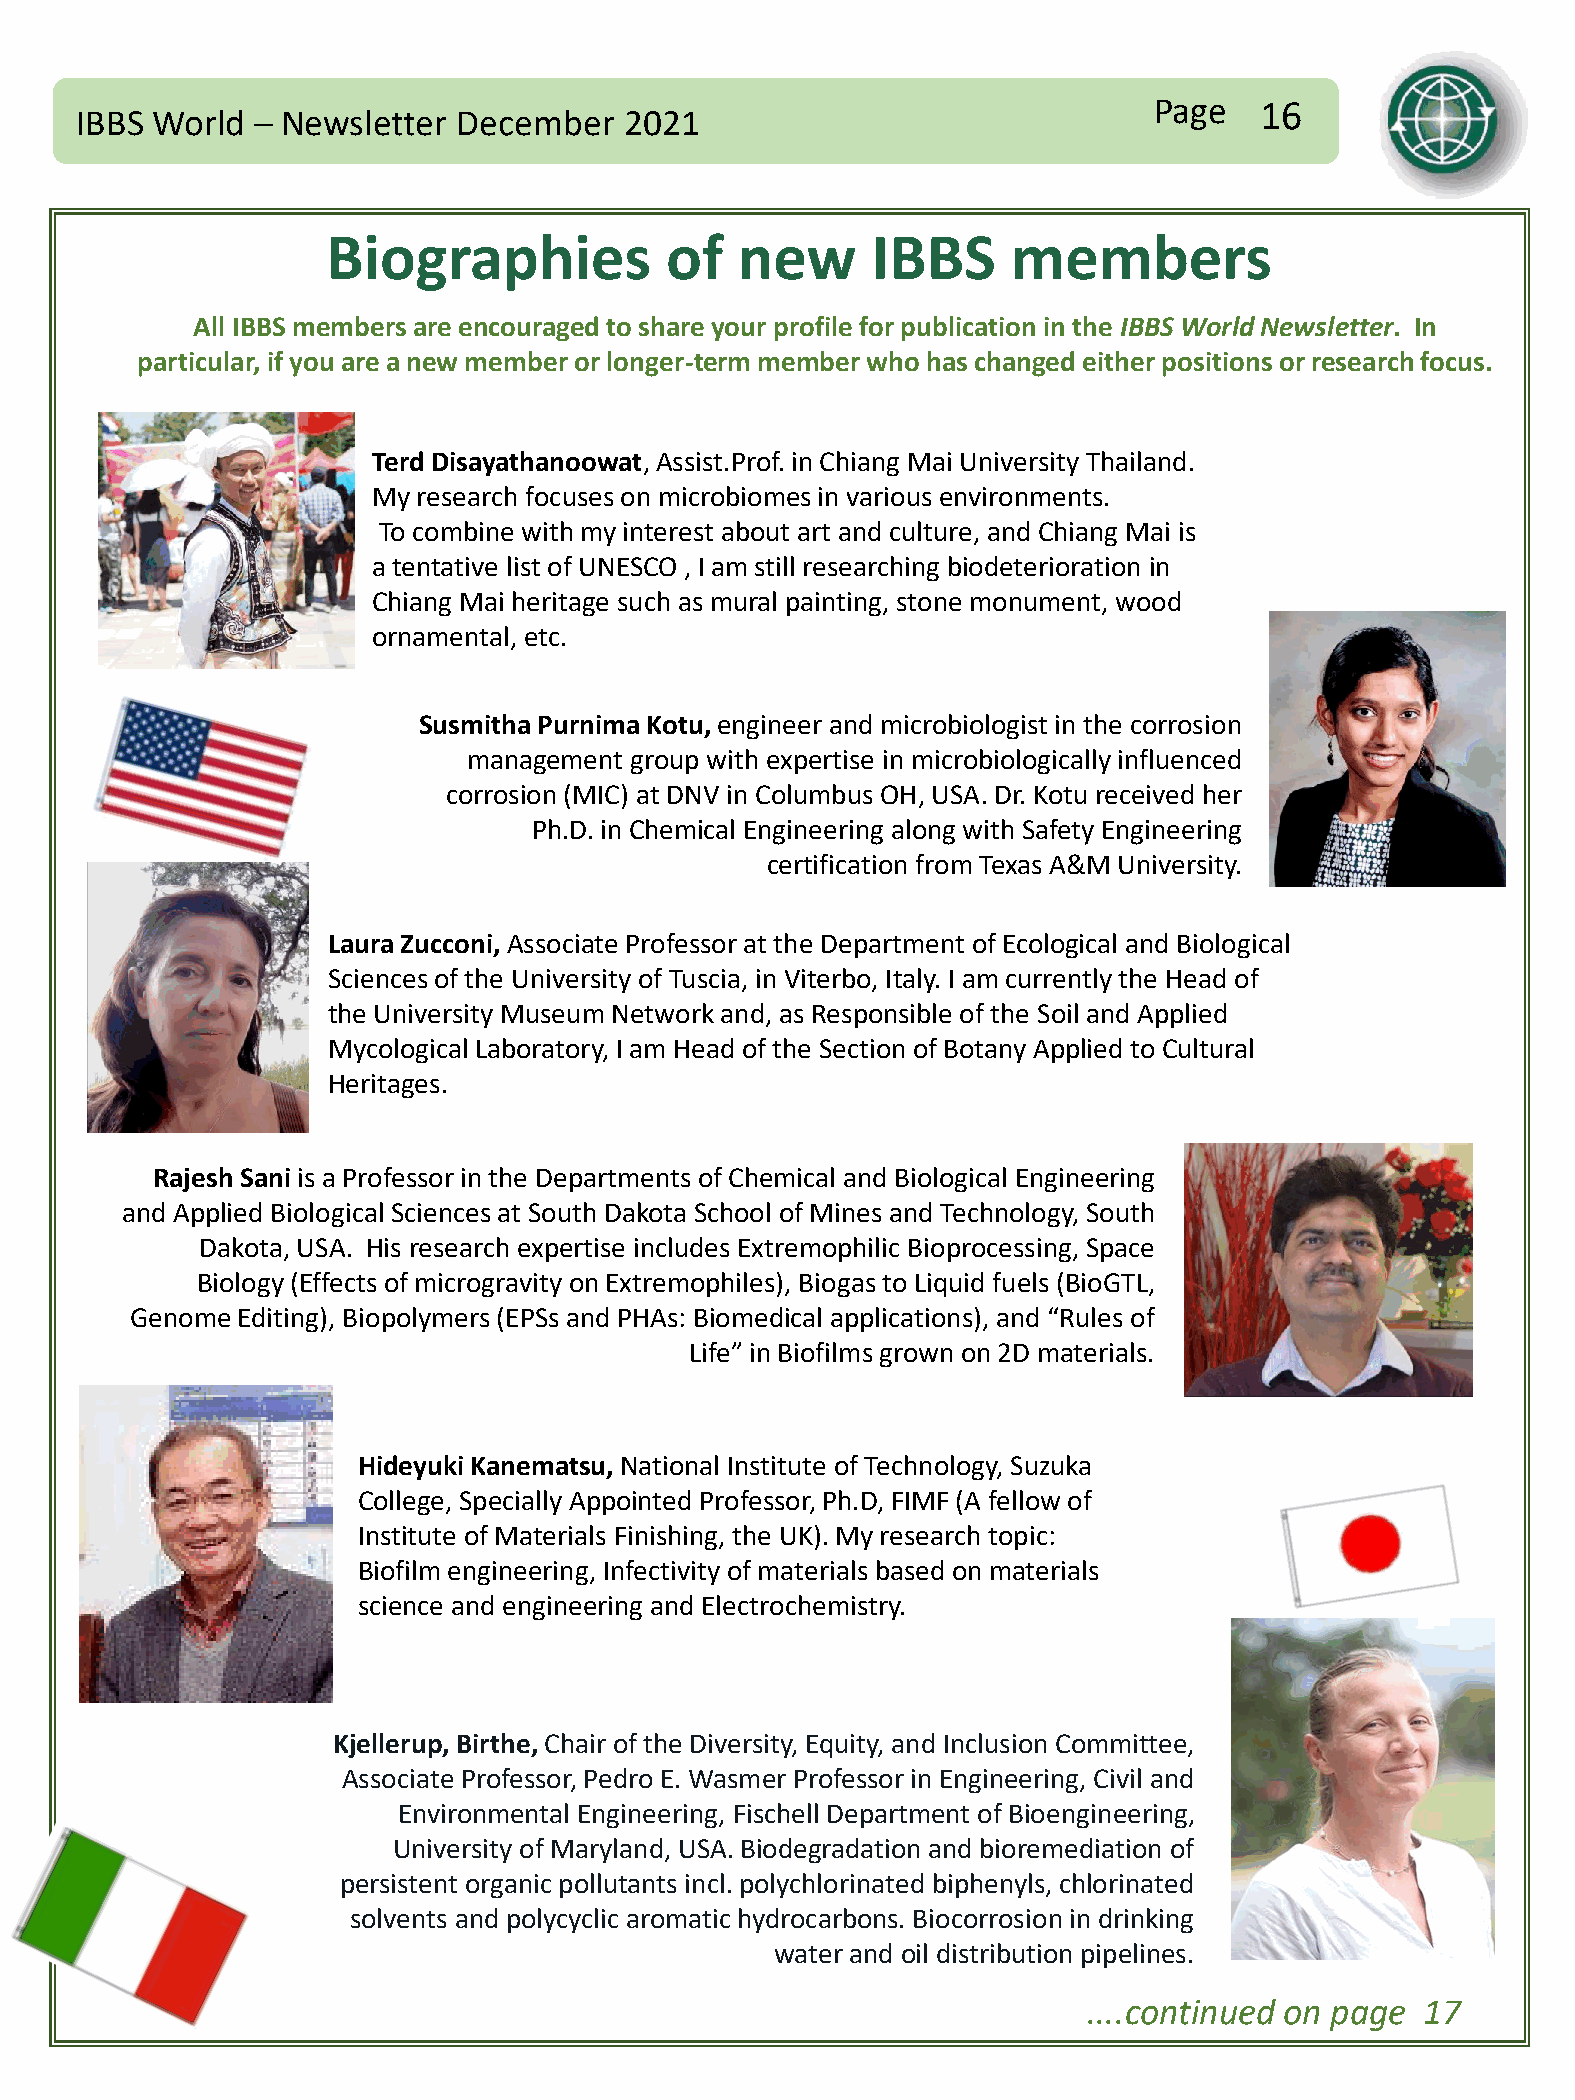
Page   16
 IBBS World  – Newsletter December   2021
 Biographies           of   new      IBBS     members
 All IBBS members are encouraged to share your profile for publication in the IBBS World Newsletter. In
 particular, if you are a new member or longer-term member who has changed either positions or research focus.
 TerdDisayathanoowat, Assist.Prof. in Chiang Mai University Thailand.
 My research focuses on microbiomes in various environments.
 To combine with my interest about art and culture, and Chiang Mai is
 a tentative list of UNESCO , I am still researching biodeterioration in
 Chiang Mai heritage such as mural painting, stone monument, wood
 ornamental, etc.
 SusmithaPurnima Kotu,engineer and microbiologist in the corrosion
 management group with expertise in microbiologically influenced
 corrosion (MIC) at DNV in Columbus OH, USA. Dr. Kotu received her
 Ph.D. in Chemical Engineering along with Safety Engineering
 certification from Texas A&M University.
 Laura Zucconi, Associate Professor at the Department of Ecological and Biological
 Sciences of the University of Tuscia, in Viterbo, Italy. I am currently the Head of
 the University Museum Network and, as Responsible of the Soil and Applied
 Mycological Laboratory, I am Head of the Section of Botany Applied to Cultural
 Heritages.
 Rajesh Sani is a Professor in the Departments of Chemical and Biological Engineering
 and Applied Biological Sciences at South Dakota School of Mines and Technology, South
 Dakota, USA. His research expertise includes Extremophilic Bioprocessing, Space
 Biology (Effects of microgravity on Extremophiles), Biogas to Liquid fuels (BioGTL,
 Genome Editing), Biopolymers (EPSs and PHAs: Biomedical applications), and “Rules of
 Life” in Biofilms grown on 2D materials.
 Hideyuki Kanematsu, National Institute of Technology, Suzuka
 College, Specially Appointed Professor, Ph.D, FIMF (A fellow of
 Institute of Materials Finishing, the UK). My research topic:
 Biofilm engineering, Infectivity of materials based on materials
 science and engineering and Electrochemistry.
 Kjellerup, Birthe, Chair of the Diversity, Equity, and Inclusion Committee,
 Associate Professor, Pedro E. Wasmer Professor in Engineering, Civil and
 Environmental Engineering, Fischell Department of Bioengineering,
 University of Maryland, USA. Biodegradation and bioremediation of
 persistent organic pollutants incl. polychlorinated biphenyls, chlorinated
 solvents and polycyclic aromatic hydrocarbons. Biocorrosion in drinking
 water and oil distribution pipelines.
 ....continued on page 17